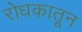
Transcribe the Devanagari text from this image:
रोधकातून